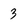
Character: 3